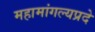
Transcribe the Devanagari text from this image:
महामांगल्यप्रदे